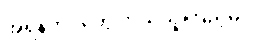
အရန်တပ်တွေ ဘယ်သူကြည့်မလဲ